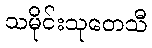
သမိုင်းသုတေသီ